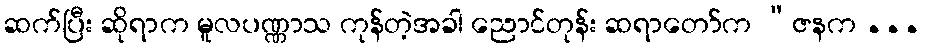
ဆက်ပြီး ဆိုရာက မူလပဏ္ဏာသ ကုန်တဲ့အခါ ညောင်တုန်း ဆရာတော်က “ဇနက ...